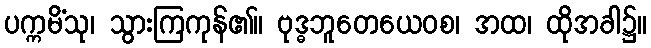
ပက္ကမိံသု၊ သွားကြကုန်၏။ ဗုဒ္ဓဘူတေယေဝစ၊ အထ၊ ထိုအခါ၌။